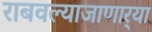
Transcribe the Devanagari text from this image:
राबवल्याजाणार्‍या